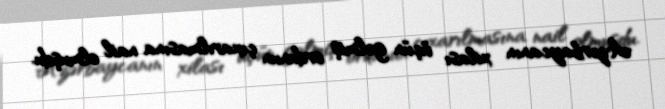
Azərbaycanın xilası üçün gəlmiş ordunun çıxarılmasına nail olmuşdu.